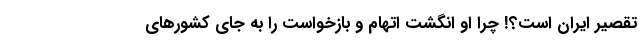
تقصیر ایران است؟! چرا او انگشت اتهام و بازخواست را به جای کشورهای